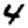
Digit: 4